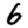
Digit: 6